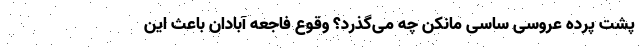
پشت‌ پرده عروسی ساسی مانکن چه‌ می‌گذرد؟ وقوع فاجعه آبادان باعث این